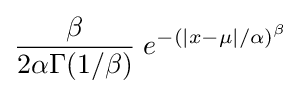
{\frac {\beta }{2\alpha \Gamma (1/\beta )}}\;e^{-(|x-\mu |/\alpha )^{\beta }}